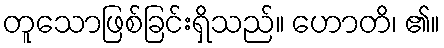
တူသောဖြစ်ခြင်းရှိသည်။ ဟောတိ၊ ၏။